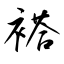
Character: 褡